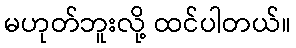
မဟုတ်ဘူးလို့ ထင်ပါတယ်။